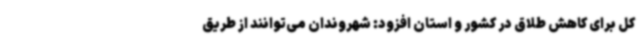
کل برای کاهش طلاق در کشور و استان افزود: شهروندان می‌توانند از طریق